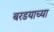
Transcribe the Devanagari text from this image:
बरडयाच्या